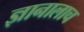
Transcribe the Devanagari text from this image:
ज्ञानालाच